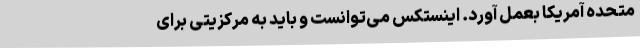
متحده آمریکا بعمل آورد. اینستکس می‌توانست و باید به مرکزیتی برای